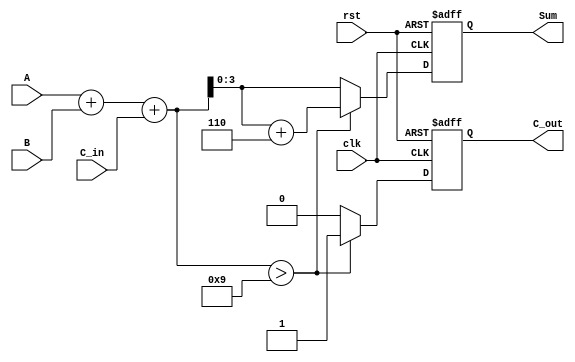
module BCD_Synchronous_Adder (
    input wire clk,          // Clock input
    input wire rst,          // Synchronous reset
    input wire [3:0] A,      // First BCD operand
    input wire [3:0] B,      // Second BCD operand
    input wire C_in,        // Carry input
    output reg [3:0] Sum,   // BCD result
    output reg C_out        // Carry output
);

    reg [4:0] Full_Sum;     // 5-bit sum to accommodate overflow

    always @(posedge clk or posedge rst) begin
        if (rst) begin
            Sum <= 4'b0000;  // Reset sum to 0
            C_out <= 1'b0;   // Reset carry out to 0
        end else begin
            // Compute the initial sum
            Full_Sum = A + B + C_in;

            // BCD correction logic
            if (Full_Sum > 5'd9) begin
                Full_Sum = Full_Sum + 5'd6; // Add 6 for BCD correction
                C_out <= 1'b1;              // Set carry out
            end else begin
                C_out <= 1'b0;              // No carry out
            end

            // Assign the lower 4 bits to the output Sum
            Sum <= Full_Sum[3:0];
        end
    end

endmodule